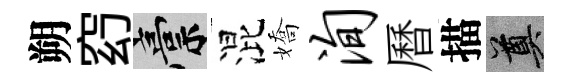
朔𥥆稿混嬌洵曆描奠